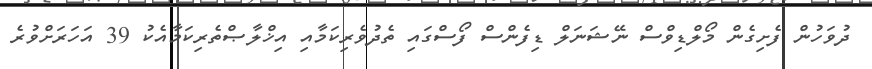
ދުވަހުން ފެށިގެން މޯލްޑިވްސް ނޭޝަނަލް ޑިފެންސް ފޯސްގައި ތެދުވެރިކަމާއި އިޚްލާޞްތެރިކަމާއެކު 39 އަހަރަށްވުރެ